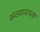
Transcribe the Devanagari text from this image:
संख्यावचक